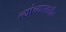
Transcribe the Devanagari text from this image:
त्यांच्यासाठीच